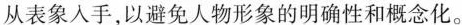
从表象入手,以避免人物形象的明确性和概念化。